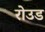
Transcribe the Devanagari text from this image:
रोउड